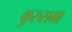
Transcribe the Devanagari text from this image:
कुरुसभा